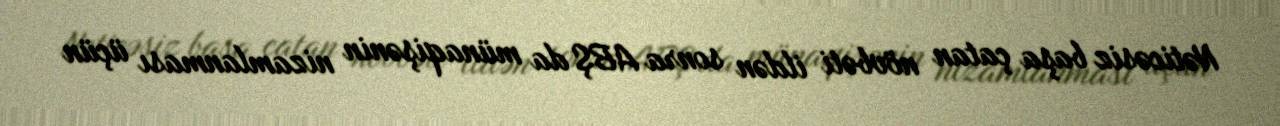
Nəticəsiz başa çatan növbəti ildən sonra ABŞ da münaqişənin nizamlanması üçün